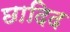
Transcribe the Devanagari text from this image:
छादिद